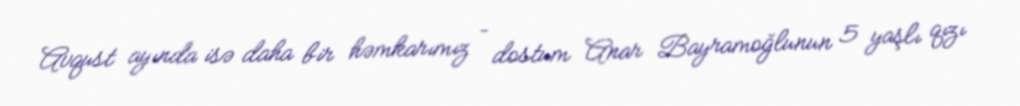
Avqust ayında isə daha bir həmkarımız – dostum Anar Bayramoğlunun 5 yaşlı qızı